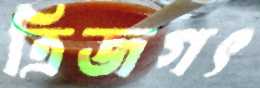
ত্রিজগৎ